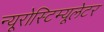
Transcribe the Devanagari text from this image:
न्यूरोस्टिम्यूलेटर